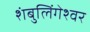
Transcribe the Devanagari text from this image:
शंबुलिंगेश्वर